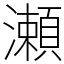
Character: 瀬